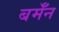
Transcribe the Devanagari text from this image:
बर्मॅन